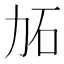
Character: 𱐫